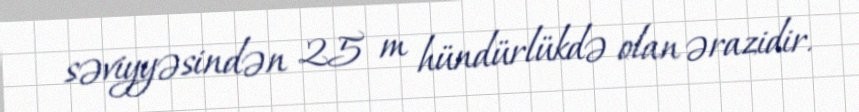
səviyyəsindən 25 m hündürlükdə olan ərazidir.